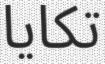
تكايا